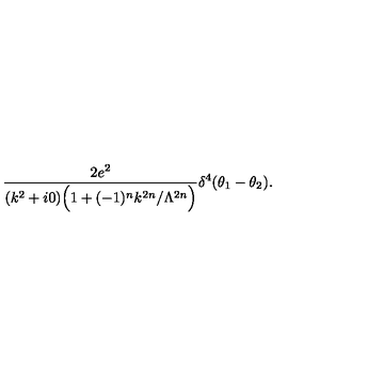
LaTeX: \frac { 2 e ^ { 2 } } { ( k ^ { 2 } + i 0 ) \Big ( 1 + ( - 1 ) ^ { n } k ^ { 2 n } / \Lambda ^ { 2 n } \Big ) } \delta ^ { 4 } ( \theta _ { 1 } - \theta _ { 2 } ) .